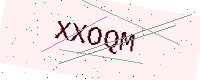
Text: XXOQM